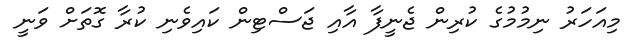
މިއަހަރު ނިމުމުގެ ކުރިން ޖެނީފާ އާއި ޖަސްޓިން ކައިވެނި ކުރާ ގޮތަށް ވަނީ